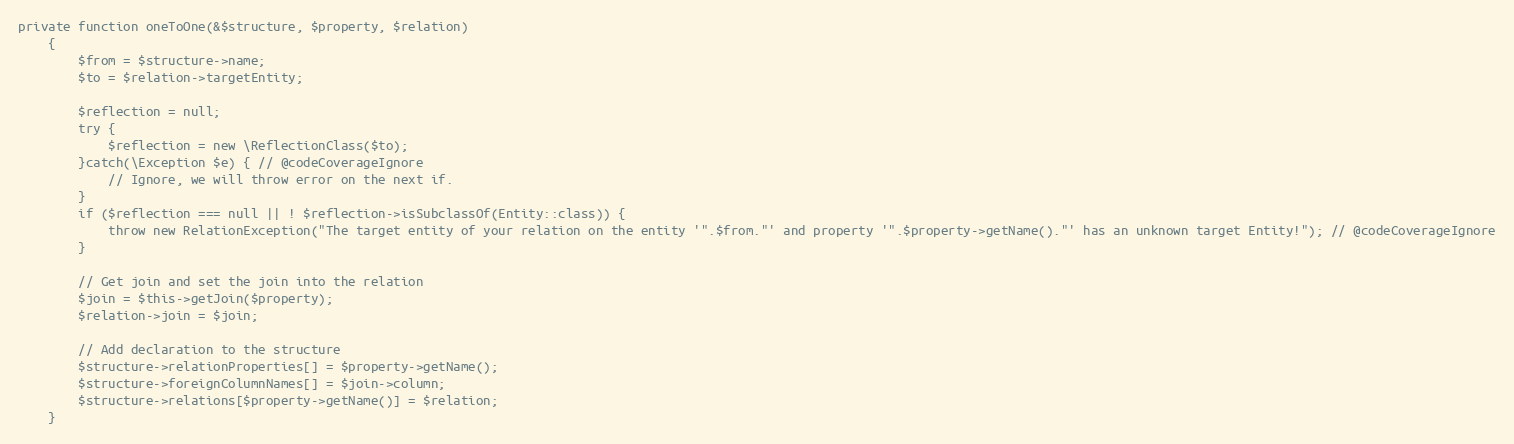
Language: PHP
private function oneToOne(&$structure, $property, $relation)
    {
        $from = $structure->name;
        $to = $relation->targetEntity;

        $reflection = null;
        try {
            $reflection = new \ReflectionClass($to);
        }catch(\Exception $e) { // @codeCoverageIgnore
            // Ignore, we will throw error on the next if.
        }
        if ($reflection === null || ! $reflection->isSubclassOf(Entity::class)) {
            throw new RelationException("The target entity of your relation on the entity '".$from."' and property '".$property->getName()."' has an unknown target Entity!"); // @codeCoverageIgnore
        }

        // Get join and set the join into the relation
        $join = $this->getJoin($property);
        $relation->join = $join;

        // Add declaration to the structure
        $structure->relationProperties[] = $property->getName();
        $structure->foreignColumnNames[] = $join->column;
        $structure->relations[$property->getName()] = $relation;
    }